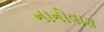
નાનોવાસ